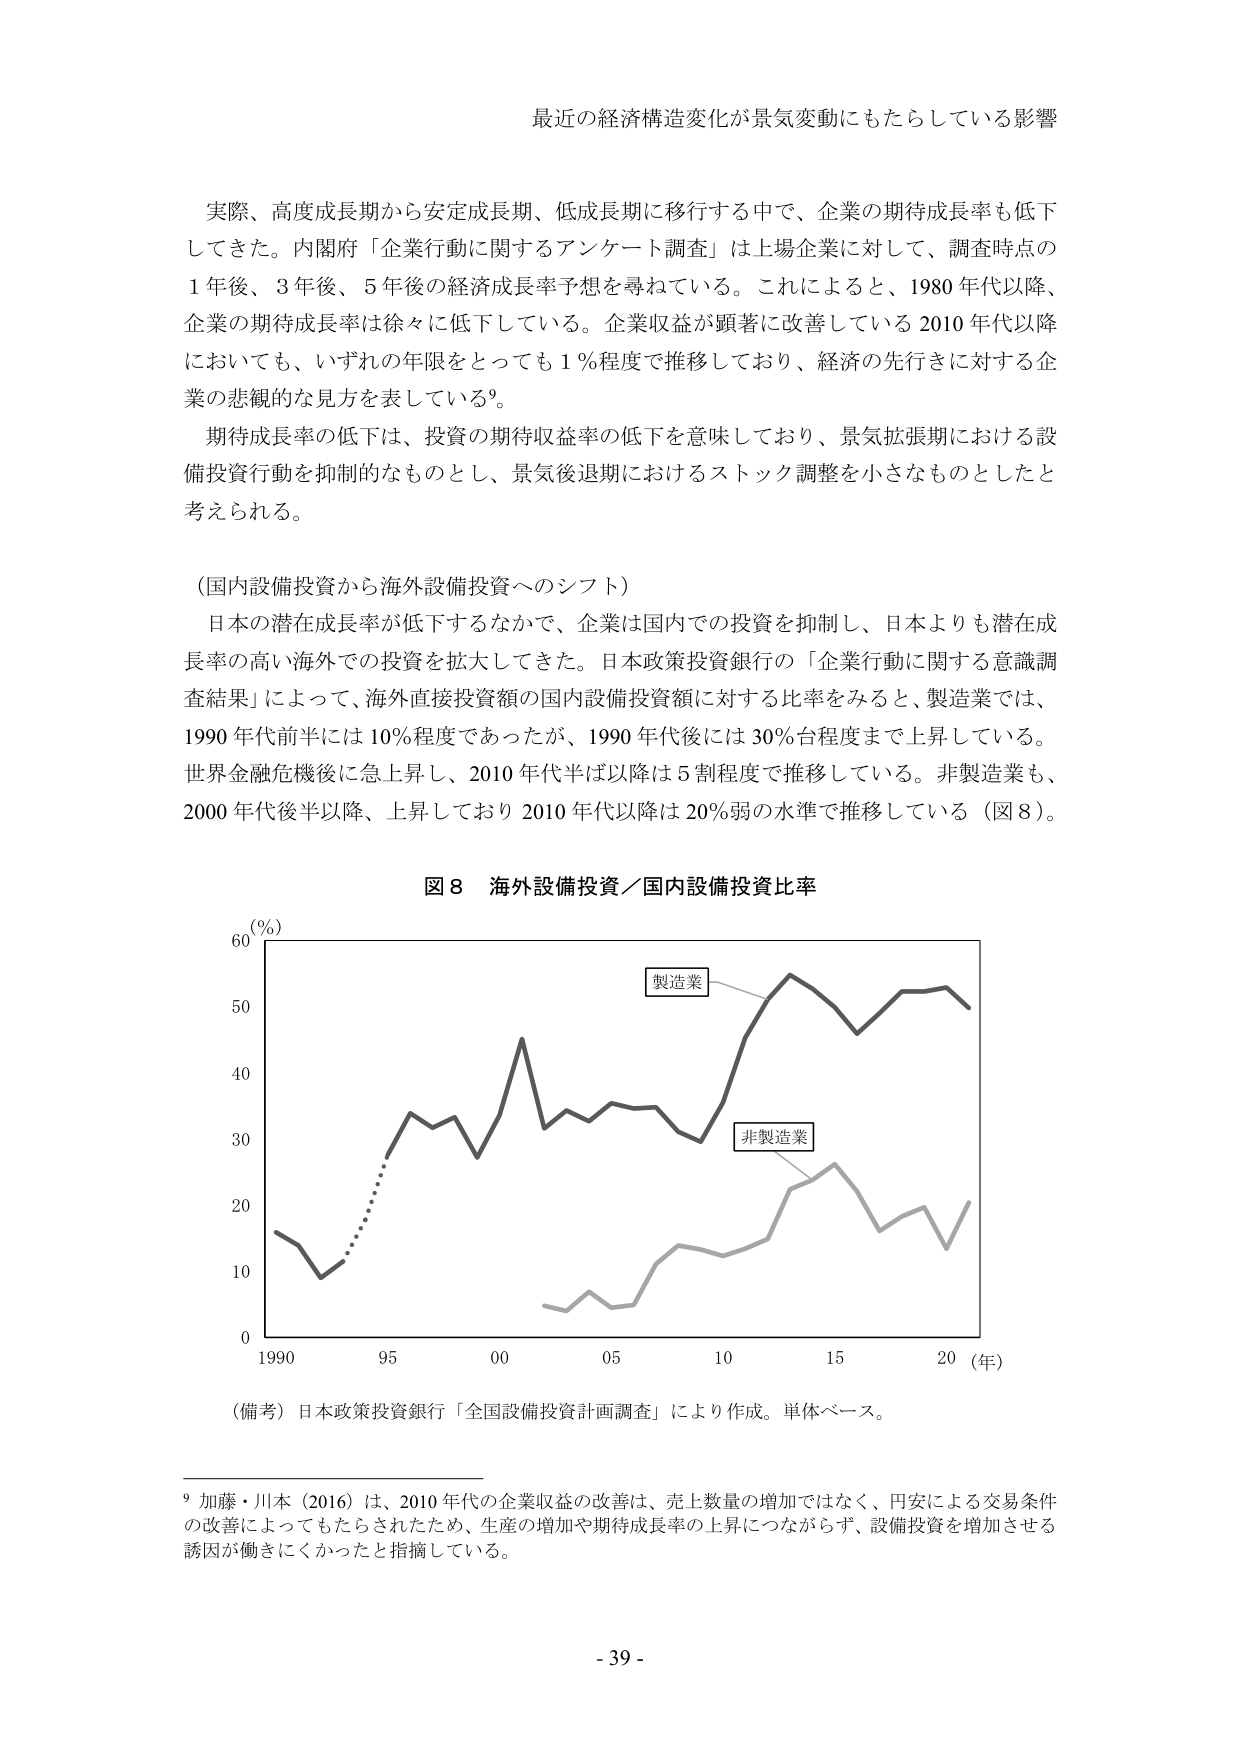
最近の経済構造変化が景気変動にもたらしている影響

実際、高度成長期から安定成長期、低成長期に移行する中で、企業の期待成長率も低下してきた。内閣府「企業行動に関するアンケート調査」は上場企業に対して、調査時点の1年後、3年後、5年後の経済成長率予想を尋ねている。これによると、1980年代以降、企業の期待成長率は徐々に低下している。企業収益が顕著に改善している2010年代以降においても、いずれの年限をとっても1％程度で推移しており、経済の先行きに対する企業の悲観的な見方を表している。

期待成長率の低下は、投資の期待収益率の低下を意味しており、景気拡張期における設備投資行動を抑制的なものとし、景気後退期におけるストック調整を小さなものとしたと考えられる。

（国内設備投資から海外設備投資へのシフト）

日本の潜在成長率が低下するなかで、企業は国内での投資を抑制し、日本よりも潜在成長率の高い海外での投資を拡大してきた。日本政策投資銀行の「企業行動に関する意識調査結果」によって、海外直接投資額の国内設備投資額に対する比率をみると、製造業では、1990年代前半には10％程度であったが、1990年代後には30％台程度まで上昇している。世界金融危機後に急上昇し、2010年代半ば以降は5割程度で推移している。非製造業も、2000年代後半以降、上昇しており2010年代以降は20％弱の水準で推移している（図8）。

図8 海外設備投資／国内設備投資比率

（％）
60
50
40
30
20
10
0
1990 95 00 05 10 15 20（年）

製造業
非製造業

（備考）日本政策投資銀行「全国設備投資計画調査」により作成。単体ベース。

9 加藤・川本（2016）は、2010年代の企業収益の改善は、売上数量の増加ではなく、円安による交易条件の改善によってもたらされたため、生産の増加や期待成長率の上昇につながらず、設備投資を増加させる誘因が働きにくかったと指摘している。

- 39 -